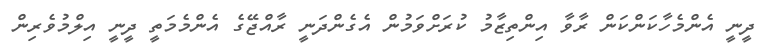
ދީނީ އެންމެހާކަންކަން ރާވާ އިންތިޒާމު ކުރަށްވަމުންް އެގެންދަނީ ރާއްޖޭގެ އެންމެމަތީ ދީނީ އިލްމުވެރިން